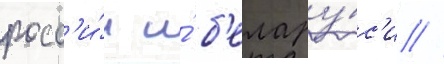
росс'и́и и́ б'елару́с'и //